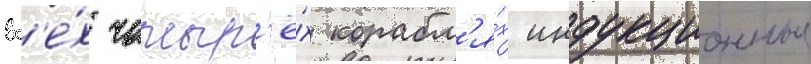
вс'е́х четыр'ё́х корабл'я́х индукционные